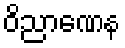
ဝိညာဏေန